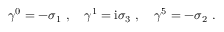
\gamma ^ { 0 } = - \sigma _ { 1 } \ , \quad \gamma ^ { 1 } = \mathrm { i } \sigma _ { 3 } \ , \quad \gamma ^ { 5 } = - \sigma _ { 2 } \ .